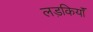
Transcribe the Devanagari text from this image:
लड़कियॉं